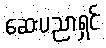
ဆေးပညာရှင်